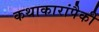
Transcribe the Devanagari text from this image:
कथाकारांपैकी